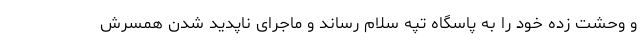
و وحشت زده خود را به پاسگاه تپه سلام رساند و ماجرای ناپدید شدن همسرش